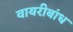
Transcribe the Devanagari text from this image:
वायरीबांध